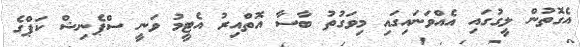
އެގޮތުން ލީގުގައި އެއްވަނައިގައި މިވަގުތު ބާސާ އޮތްއިރު އެޓީމު ވަނީ ސްޕެނިޝް ކަޕްގެ